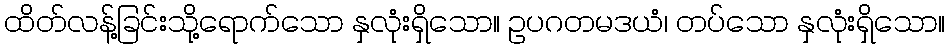
ထိတ်လန့်ခြင်းသို့ရောက်သော နှလုံးရှိသော။ ဥပဂတမဒယံ၊ တပ်သော နှလုံးရှိသော။